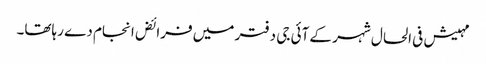
مہیش فی الحال شہر کے آئی جی دفتر میں فرائض انجام دے رہاتھا۔